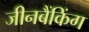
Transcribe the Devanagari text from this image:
जीनबैंकिंग